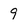
Character: 9